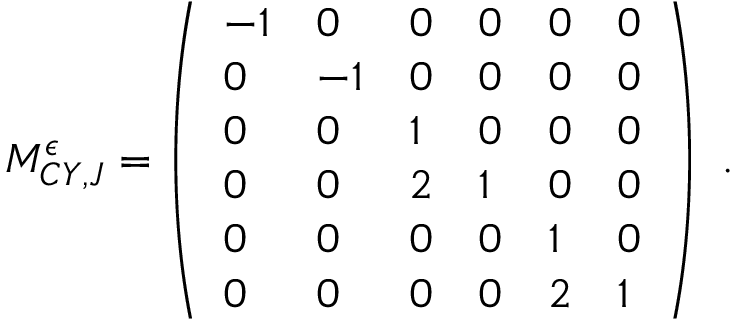
{ \cal M } _ { C Y , J } ^ { \epsilon } = \left( \begin{array} { l l l l l l } { { - 1 } } & { { 0 } } & { { 0 } } & { { 0 } } & { { 0 } } & { { 0 } } \\ { { 0 } } & { { - 1 } } & { { 0 } } & { { 0 } } & { { 0 } } & { { 0 } } \\ { { 0 } } & { { 0 } } & { { 1 } } & { { 0 } } & { { 0 } } & { { 0 } } \\ { { 0 } } & { { 0 } } & { { 2 } } & { { 1 } } & { { 0 } } & { { 0 } } \\ { { 0 } } & { { 0 } } & { { 0 } } & { { 0 } } & { { 1 } } & { { 0 } } \\ { { 0 } } & { { 0 } } & { { 0 } } & { { 0 } } & { { 2 } } & { { 1 } } \end{array} \right) \ .